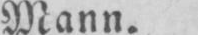
Mann.